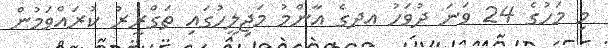
މި މަހުގެ 24 ވަނަ ދުވަހު އދގެ އާންމު މަޖިލީހުގައި ތަގްރީރު ކުރައްވަމުން